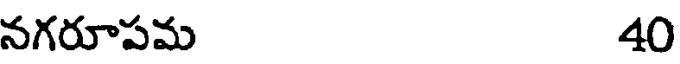
నగరూపమ 40